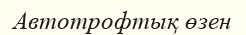
Автотрофтық өзен